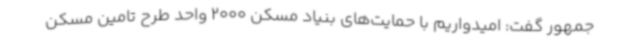
جمهور گفت: امیدواریم با حمایت‌های بنیاد مسکن 2000 واحد طرح تامین مسکن